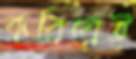
করিয়েই